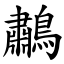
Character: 鷫